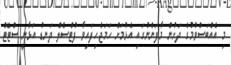
މި އެއްބަސްވުމުގެ ދަށުން މާފަންނުގައި އެޅުމަށް ހަމަޖެހިފައިވާ ފުޓްސެލް ދަނޑު އަޅާނީ ސްޓޭޓް